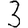
Digit: 3